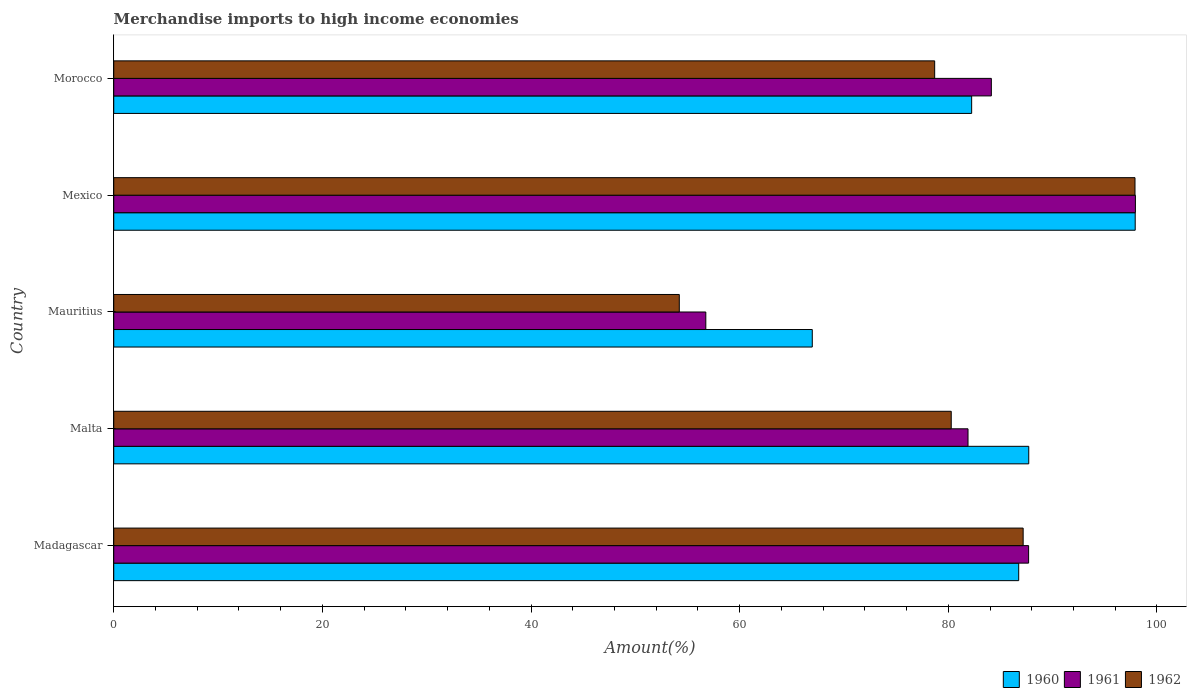
| Country | 1960 | 1961 | 1962 |
 | --- | --- | --- | --- |
 | Madagascar | 86.7 | 87.7 | 87.2 |
 | Malta | 87.7 | 81.9 | 80.3 |
 | Mauritius | 67 | 56.8 | 54.2 |
 | Mexico | 97.9 | 97.9 | 97.9 |
 | Morocco | 82.2 | 84.1 | 78.7 |